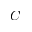
C